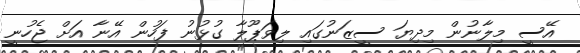
އޭސީ މިލާނުން މިދިޔަ ސީޒަނުގައި ލިވަޕޫލާ ގުޅުނު ފަހުން އޭނާ އަށް ޖެހުނީ